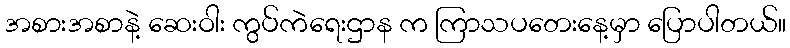
အစားအစာနဲ့ ဆေးဝါး ကွပ်ကဲရေးဌာန က ကြာသပတေးနေ့မှာ ပြောပါတယ်။